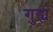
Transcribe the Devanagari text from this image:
गुह्यं